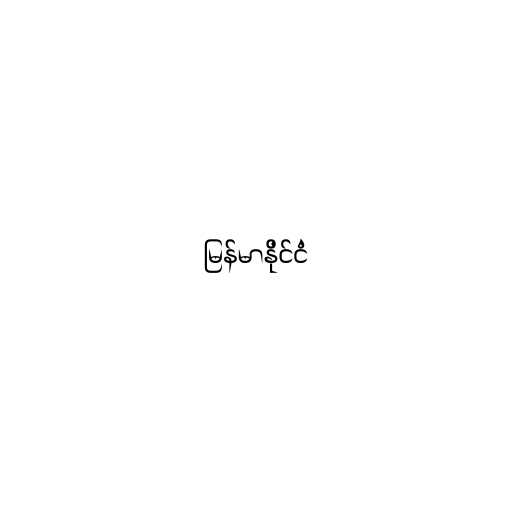
မြန်မာနိုင်ငံ